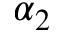
\alpha _ { 2 }